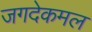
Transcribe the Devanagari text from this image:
जगदेकमल